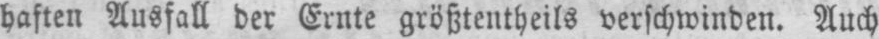
haften Ausfall der Ernte größtentheils verschwinden. Auch